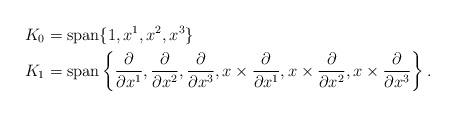
LaTeX: \begin{align*}&K_0 = \mbox{span} \{ 1, x^1, x^2, x^3\}\\&K_1 = \mbox{span} \left\{\frac{\partial }{\partial x^1}, \frac{\partial }{\partial x^2}, \frac{\partial }{\partial x^3}, x\times \frac{\partial}{\partial x^1} , x\times \frac{\partial}{\partial x^2}, x\times \frac{\partial}{\partial x^3}\right \}.\end{align*}